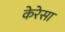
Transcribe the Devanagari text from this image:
केरेसा